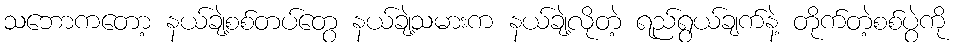
သဘောကတော့ နယ်ချဲ့စစ်တပ်တွေ နယ်ချဲ့သမားက နယ်ချဲ့လိုတဲ့ ရည်ရွယ်ချက်နဲ့ တိုက်တဲ့စစ်ပွဲကို